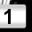
Digit: 1